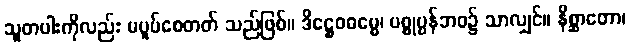
သူတပါးကိုလည်း မပူပ်စေတတ် သည်ဖြစ်။ ဒိဋ္ဌေဝဓမ္မေ၊ ပစ္စုပ္ပန်ဘဝ၌ သာလျှင်။ နိစ္ဆာတော၊